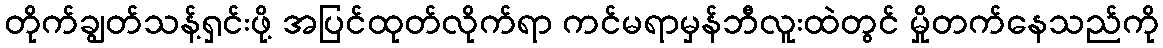
တိုက်ချွတ်သန့်ရှင်းဖို့ အပြင်ထုတ်လိုက်ရာ ကင်မရာမှန်ဘီလူးထဲတွင် မှိုတက်နေသည်ကို